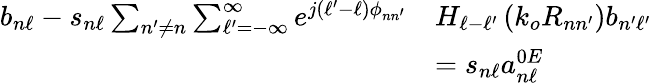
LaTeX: \begin{array}{rl}{b_{n\ell}-s_{n\ell}\sum_{n^{\prime}\neq n}\sum_{\ell^{\prime}=-\infty}^{\infty}e^{j\left(\ell^{\prime}-\ell\right)\phi_{nn^{\prime}}}}&{H_{\ell-\ell^{\prime}}\left(k_{o}R_{nn^{\prime}}\right)b_{n^{\prime}\ell^{\prime}}}\\ &{=s_{n\ell}a_{n\ell}^{0E}}\end{array}